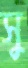
সু